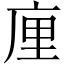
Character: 㢆